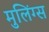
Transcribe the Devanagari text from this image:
मुलिंग्स